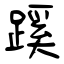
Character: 蹊